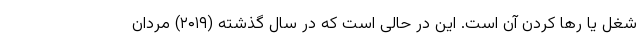
شغل یا رها کردن آن است. این در حالی است که در سال گذشته (۲۰۱۹) مردان